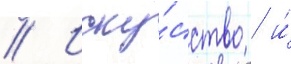
// Иску́сство / и́